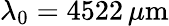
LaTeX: \lambda_{0}=4522\, \mu\mathrm{m}